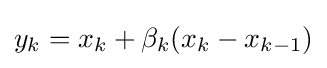
y_{k}=x_{k}+\beta _{k}(x_{k}-x_{k-1})